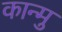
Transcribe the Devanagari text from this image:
कान्मु